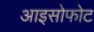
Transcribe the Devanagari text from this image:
आइसोफोट